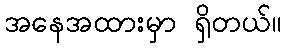
အနေအထားမှာ ရှိတယ်။